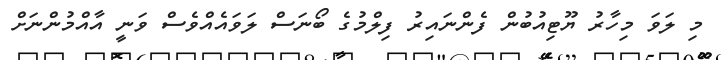
މި ލަވަ މިހާރު ޔޫޓިއުބުން ފެންނައިރު ފިލްމުގެ ބޯނަސް ލަވައެއްވެސް ވަނީ އާއްމުންނަށް